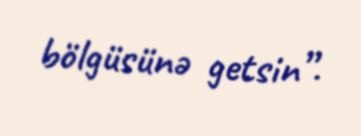
bölgüsünə getsin”.